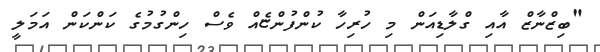
"ބިޒްނާޒް އާއި ގްލާޑިއަން މި ހުރިހާ ކުންފުންޏެއް ވެސް ހިންގުމުގެ ކަންކަން އަމަލީ